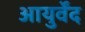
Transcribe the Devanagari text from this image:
आयुर्वेंद